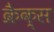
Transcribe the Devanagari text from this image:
क्रैक्स